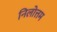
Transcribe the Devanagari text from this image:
निलोत्तम